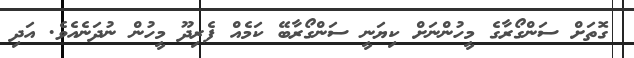
ގޮތަށް ސަންގޯރާގެ މީހުންނަށް ކިޔަނީ ސަންގޯރާބޭ ކަމެއް ފެރިދޫ މީހުން ނުދަނެއެވެ. އަދި